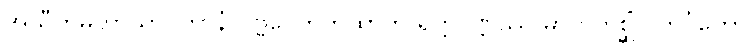
အသီတိမဟာသာဝကာနံ ပုဗ္ဗပေတကထာတိ ရတ္တဝဏ္ဏဿ မာတုကုစ္ဆိံ ပဘင်္ဂုတော